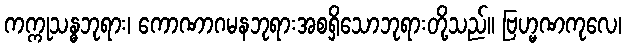
ကက္ကုသန္ဓဘုရား၊ ကောဏာဂမနဘုရားအစရှိသောဘုရားတို့သည်။ ဗြဟ္မဏကုလေ၊